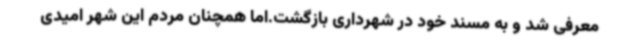
معرفی شد و به مسند خود در شهرداری بازگشت.اما همچنان مردم این شهر امیدی